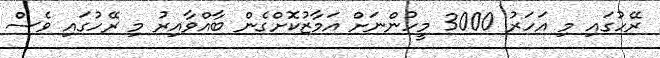
ރޭހުގައި މި އަހަރު 3000 މީހުންނަށް އަމާޒުކޮށްގެން ބާއްވާއިރު މި ރޭހުގައި ވެސް